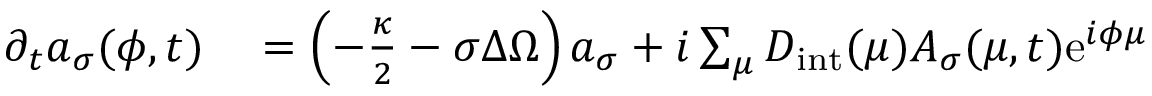
\begin{array} { r l } { \partial _ { t } a _ { \sigma } ( \phi , t ) } & { { } = \left( - \frac { \kappa } { 2 } - \sigma \Delta \Omega \right) a _ { \sigma } + i \sum _ { \mu } D _ { \mathrm { i n t } } ( \mu ) A _ { \sigma } ( \mu , t ) \mathrm { e } ^ { i \phi \mu } } \end{array}